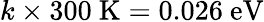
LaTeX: k\times 300~\mathrm{K}=0.026~\mathrm{eV}